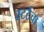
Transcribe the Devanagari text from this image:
स्टर्टचा